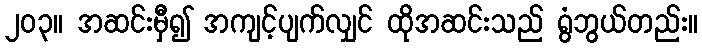
၂၀၃။ အဆင်းမှီ၍ အကျင့်ပျက်လျှင် ထိုအဆင်းသည် ရွံဘွယ်တည်း။